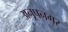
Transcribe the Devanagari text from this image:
अनूपनगर